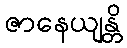
ဇာနေယျန္တိ